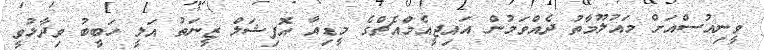
ވީނިއުސްއަށް މައުލޫމާތު ދެއްވަމުން އައިޖީއެމްއެޗްގެ މީޑިއާ އޮފިޝަލް ޒީނަތު އަލީ ހަބީބު ވިދާޅުވީ